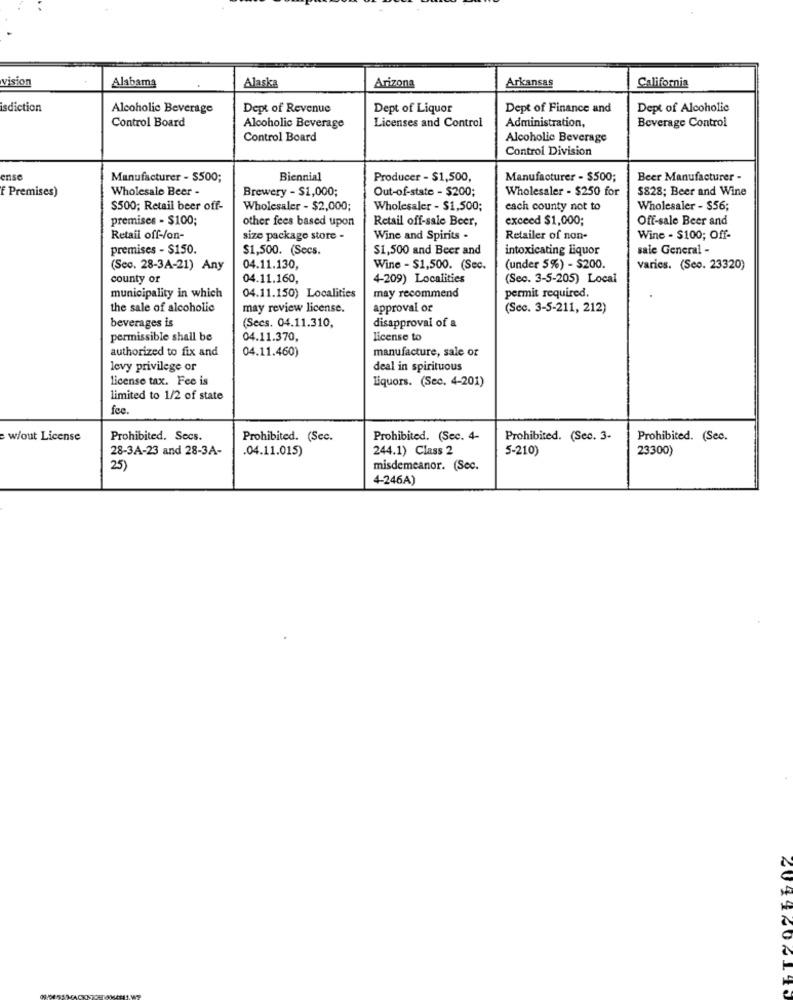
vision
Alabama
Alaska
Arizona
Arkansas
California
isdiction
Alcoholic Beverage
Dept of Revenue
Dept of Liquor
Dept of Finance and
Dept of Alcoholic
Control Board
Licenses and Control
Administration,
Beverage Control
Alcoholic Beverage
Control Board
Alcoholic Beverage
Control Division
ense
Manufacturer - $500;
Biennial
Producer - $1,500,
Manufacturer - $500;
Beer Manufacturer -
f Premises)
Wholesale Beer -
Brewery - $1,000;
Out-of-state - $200;
Wholesaler - $250 for
$828; Beer and Wine
$500; Retail beer off-
Wholesaler - $2,000;
Wholesaler - $1,500;
each county not to
Wholesaler - $56;
premises - $100;
other fees based upon
Retail off-sale Beer,
exceed $1,000;
Off-sale Beer and
Retail off-/on-
size package store -
Wine and Spirits .
Retailer of non-
Wine - $100; Off-
premises - $150.
$1,500. (Secs.
$1,500 and Beer and
intoxicating Liquor
sale General -
(Sec. 28-3A-21) Any
04.11.130,
Wine - $1,500. (Sec.
(under 5%) - $200.
varies. (Seo. 23320)
county or
04.11.160,
4-209) Localities
(Sec. 3-5-205) Local
municipality in which
04.11.150) Localities
may recommend
permit required.
the sale of alcoholic
may review license.
approval or
(Sec. 3-5-211, 212)
beverages is
(Secs. 04.11.310,
disapproval of a
permissible shall be
04.11.370,
License to
authorized to fix and
04.11.460)
manufacture, sale or
levy privilege or
deal in spirituous
license tax. Fee is
Liquors. (Sec. 4-201)
limited to 1/2 of state
fee.
w/out License
Prohibited. Secs.
Prohibited. (Sec.
Prohibited. (Sec. 4-
Prohibited. (Sec. 3.
Prohibited. (Sec.
28-3A-23 and 28-3A-
.04.11.015)
244.1) Class 2
5-210)
23300)
25)
misdemeanor. (Sec.
4-246A)
2044602110